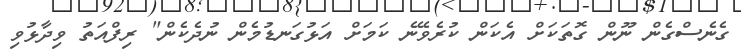
ގެނެސްގެން ނޫން ގޮތަކަށް އެކަން ކުރެވޭނެ ކަމަށް އަޅުގަނޑުމެން ނުދެކެން" ރިފްއަތު ވިދާޅުވި